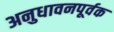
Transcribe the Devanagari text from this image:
अनुधावनपूर्वक